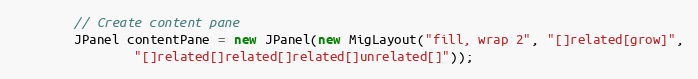
Language: Java
        // Create content pane
        JPanel contentPane = new JPanel(new MigLayout("fill, wrap 2", "[]related[grow]",
                "[]related[]related[]related[]unrelated[]"));